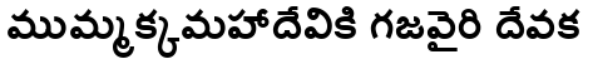
ముమ్మక్కమహాదేవికి గజవైరి దేవక